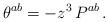
LaTeX: \begin{align*}\theta^{ab} = -z^3 \, P^{ab} \, . \end{align*}